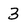
Character: 3